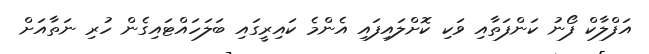
އަފްލާކް ފޯނު ކަންފަތާއި ވަކި ކޮށްލައިފައި އެންމެ ކައިރީގައި ބަލަހައްޓައިގެން ހުރި ނަތާއަށް